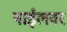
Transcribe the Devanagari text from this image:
नाईलवर